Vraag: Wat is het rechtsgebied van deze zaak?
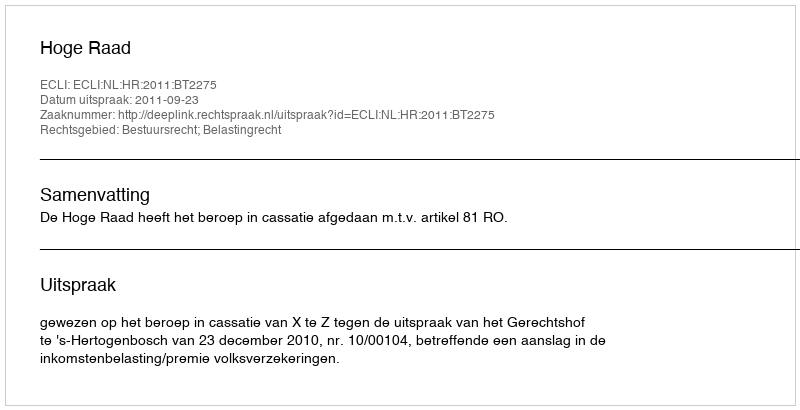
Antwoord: Bestuursrecht; Belastingrecht